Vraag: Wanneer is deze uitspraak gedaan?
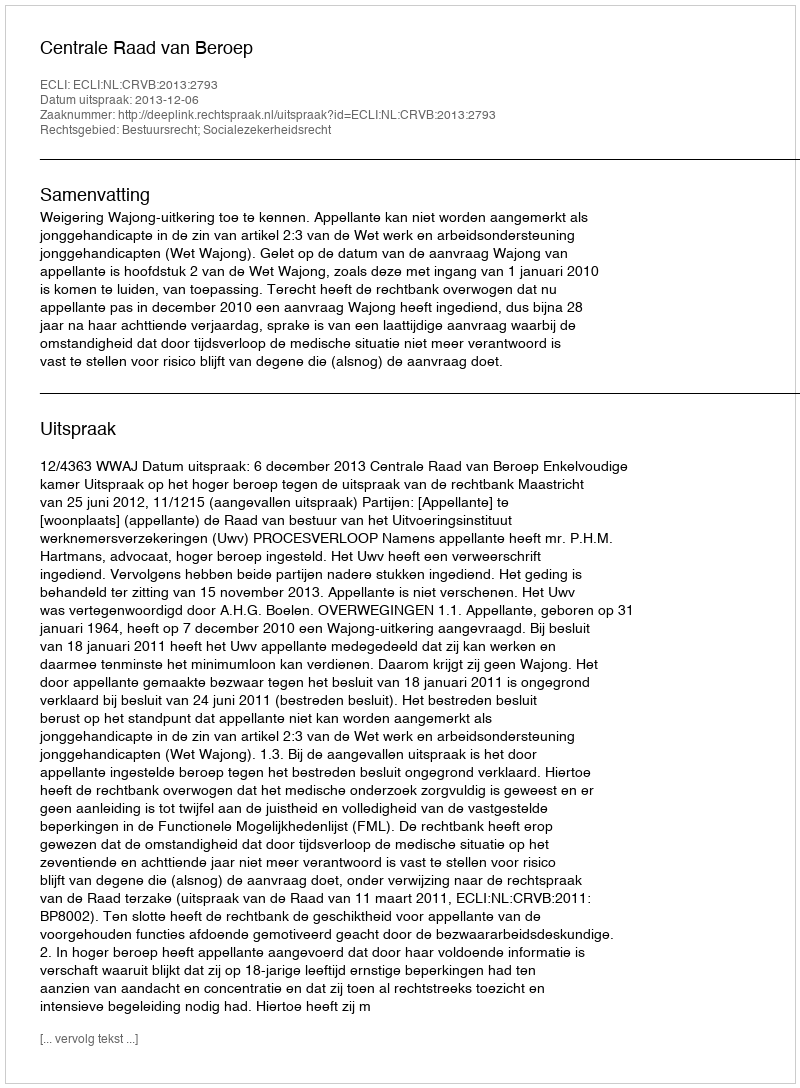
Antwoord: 2013-12-06